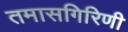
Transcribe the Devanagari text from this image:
तमासगिरिणी